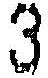
3